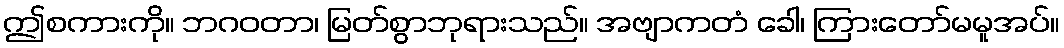
ဤစကားကို။ ဘဂဝတာ၊ မြတ်စွာဘုရားသည်။ အဗျာကတံ ခေါ၊ ကြားတော်မမူအပ်။